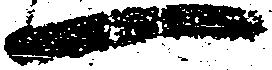
一